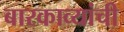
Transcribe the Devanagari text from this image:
बारकाव्यांची